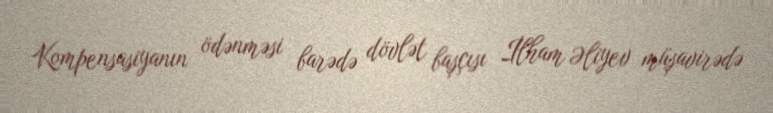
Kompensasiyanın ödənməsi barədə dövlət başçısı İlham Əliyev müşavirədə